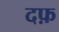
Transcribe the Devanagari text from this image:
दफ़